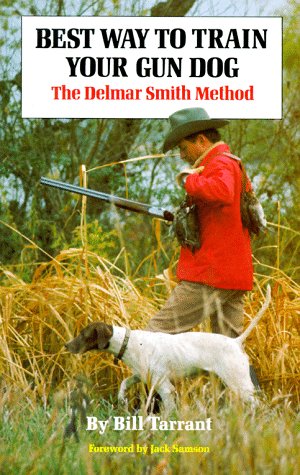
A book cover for Best Way to Train Your Gun Dog: The Delmar Smith Method; Bill Tarrant; Sports & Outdoors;